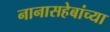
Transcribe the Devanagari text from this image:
नानासहेबांच्या